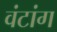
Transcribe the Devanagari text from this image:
वंटांग